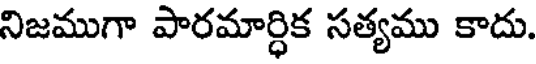
నిజముగా పారమార్ధిక సత్యము కాదు.